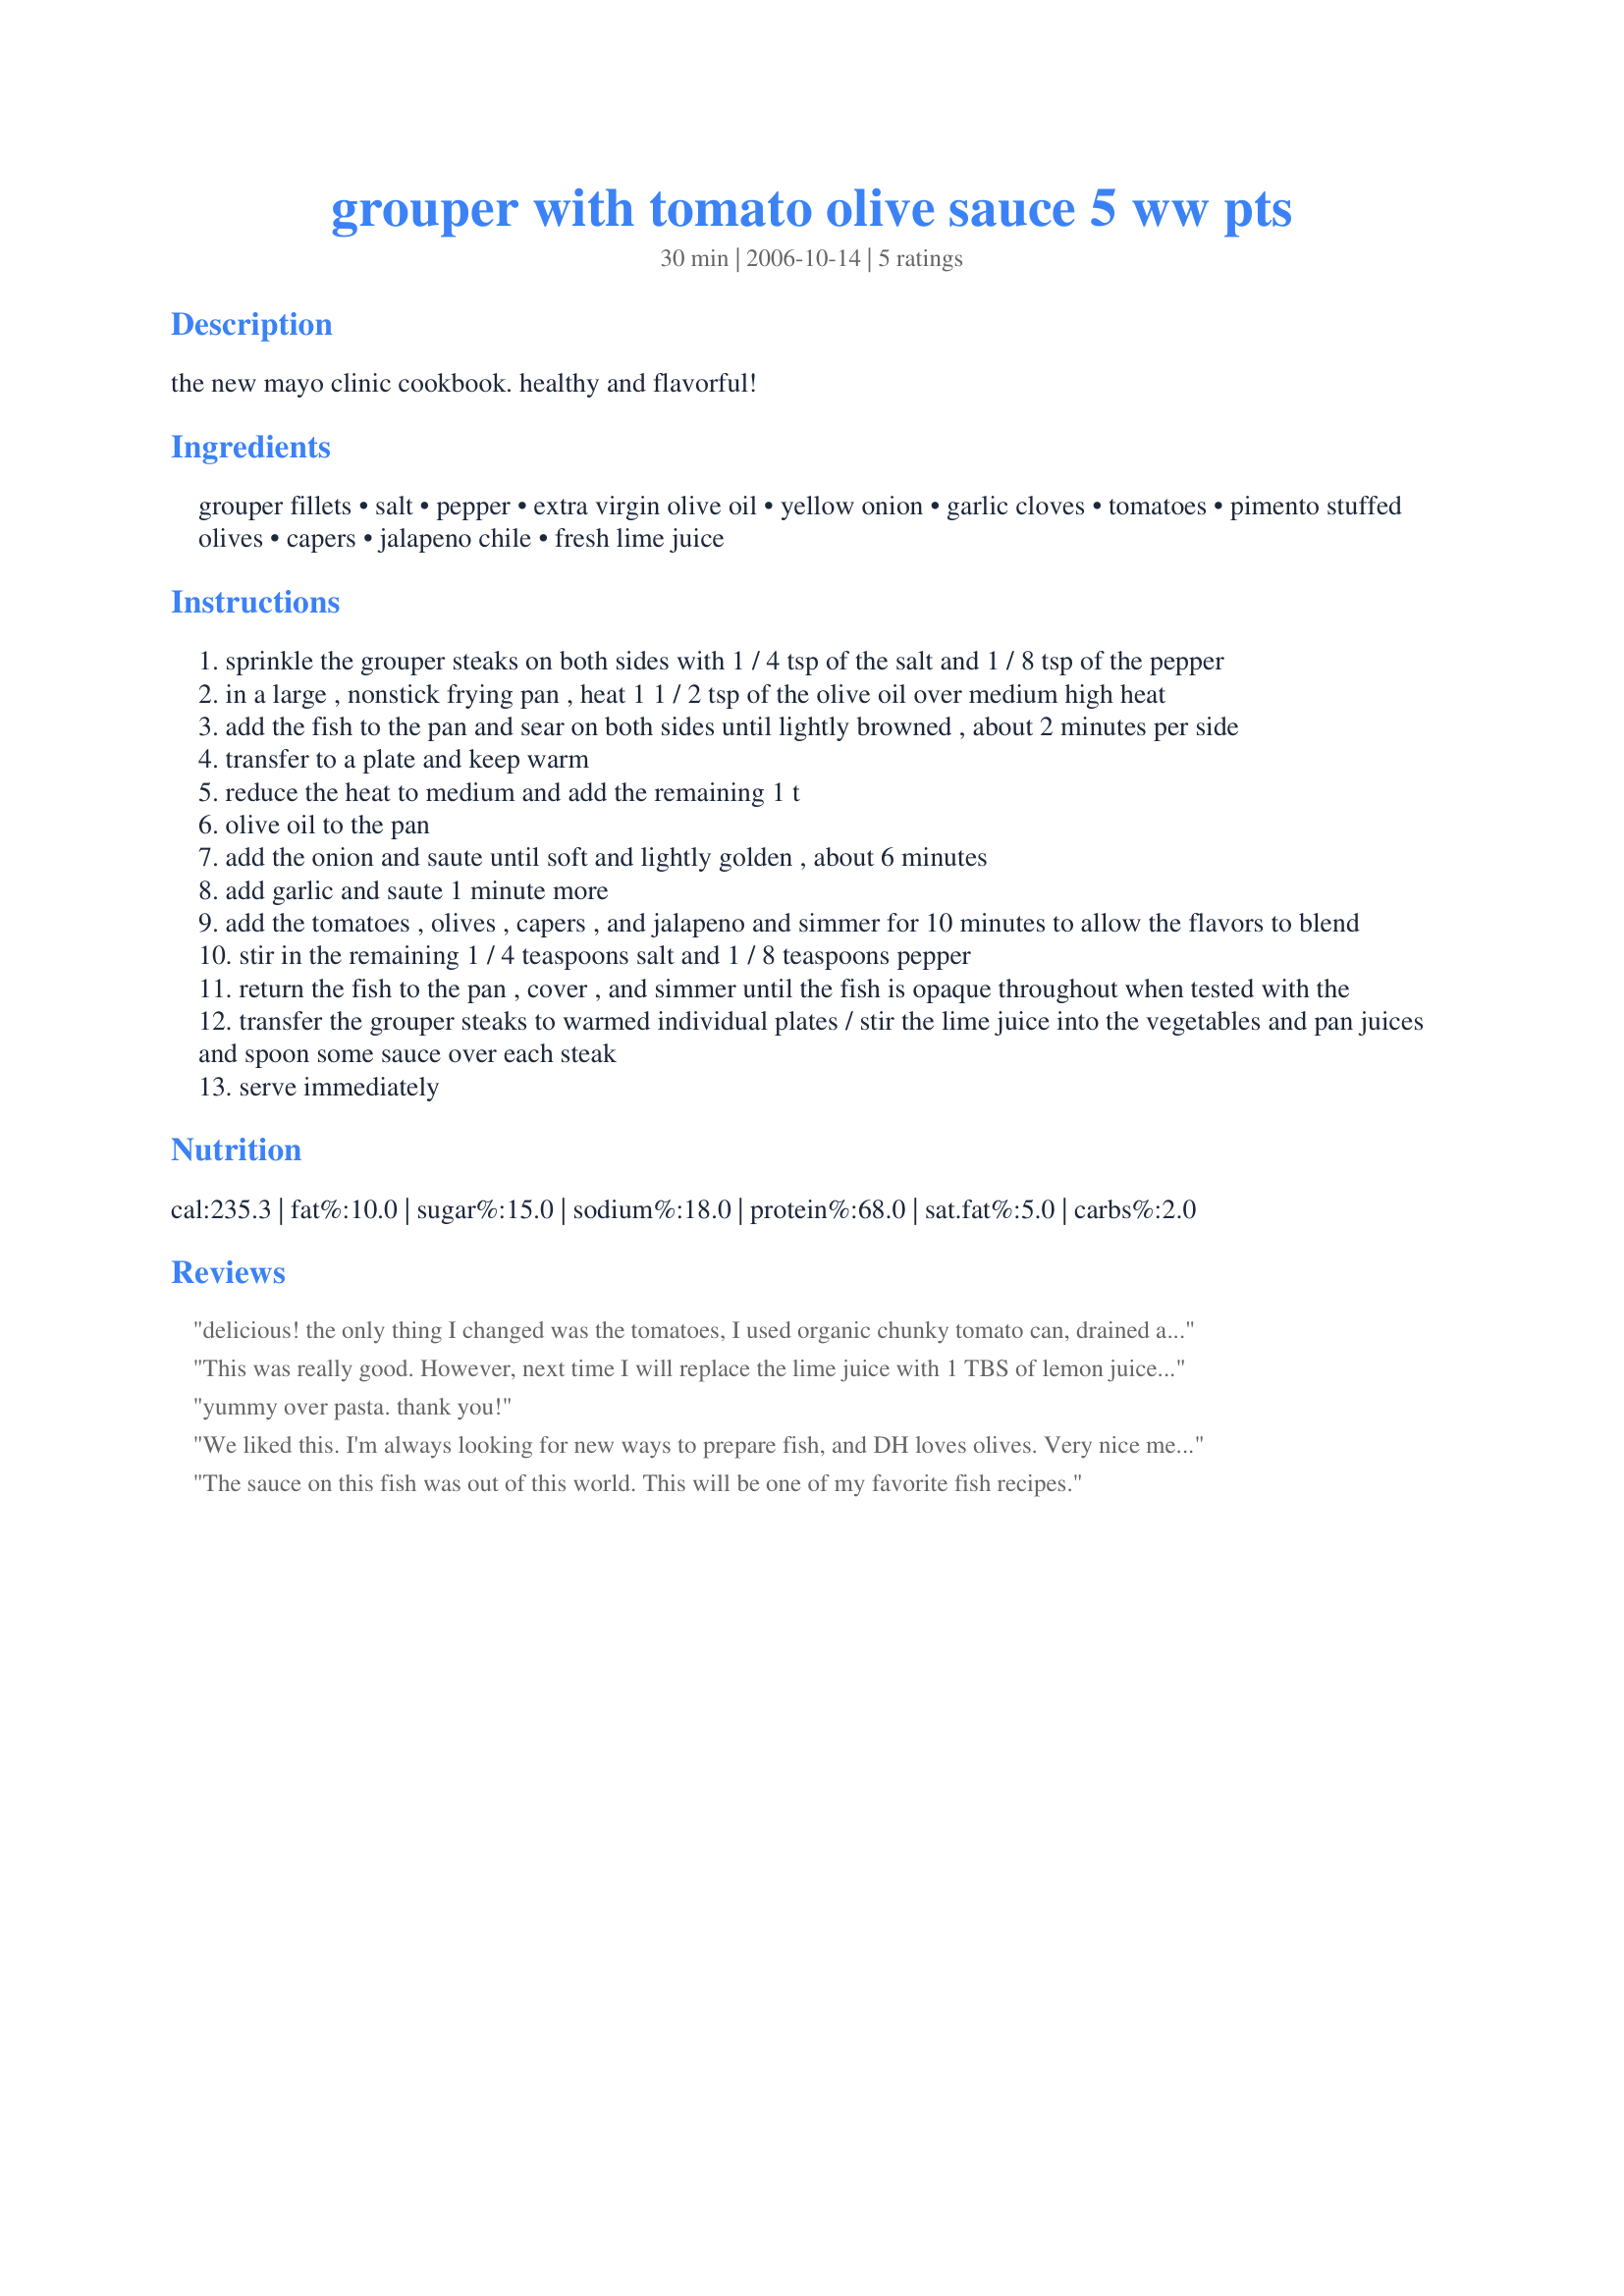
grouper with tomato olive sauce 5 ww pts
Preparation time: 30 minutes

the new mayo clinic cookbook. healthy and flavorful!

Ingredients:
grouper fillets, salt, pepper, extra virgin olive oil, yellow onion, garlic cloves, tomatoes, pimento stuffed olives, capers, jalapeno chile, fresh lime juice

Steps:
sprinkle the grouper steaks on both sides with 1 / 4 tsp of the salt and 1 / 8 tsp of the pepper
in a large , nonstick frying pan , heat 1 1 / 2 tsp of the olive oil over medium high heat
add the fish to the pan and sear on both sides until lightly browned , about 2 minutes per side
transfer to a plate and keep warm
reduce the heat to medium and add the remaining 1 t
olive oil to the pan
add the onion and saute until soft and lightly golden , about 6 minutes
add garlic and saute 1 minute more
add the tomatoes , olives , capers , and jalapeno and simmer for 10 minutes to allow the flavors to blend
stir in the remaining 1 / 4 teaspoons salt and 1 / 8 teaspoons pepper
return the fish to the pan , cover , and simmer until the fish is opaque throughout when tested with the
transfer the grouper steaks to warmed individual plates / stir the lime juice into the vegetables and pan juices and spoon some sauce over each steak
serve immediately

Reviews:
delicious! the only thing I changed was the tomatoes, I used organic chunky tomato can, drained and reserved most of the juice for later since I needed more "juicy" sauce because I served my fish with lobster ravioli (I need more to coat the pasta). 
simple, classic and so worth it!!!
I will do it again and again!
thanks!
This was really good. However, next time I will replace the lime juice with 1 TBS of lemon juice. Just personal prefference. Thanks.
yummy over pasta. thank you!
We liked this. I'm always looking for new ways to prepare fish, and DH loves olives. Very nice mediterrean flavor.
The sauce on this fish was out of this world. This will be one of my favorite fish recipes.
